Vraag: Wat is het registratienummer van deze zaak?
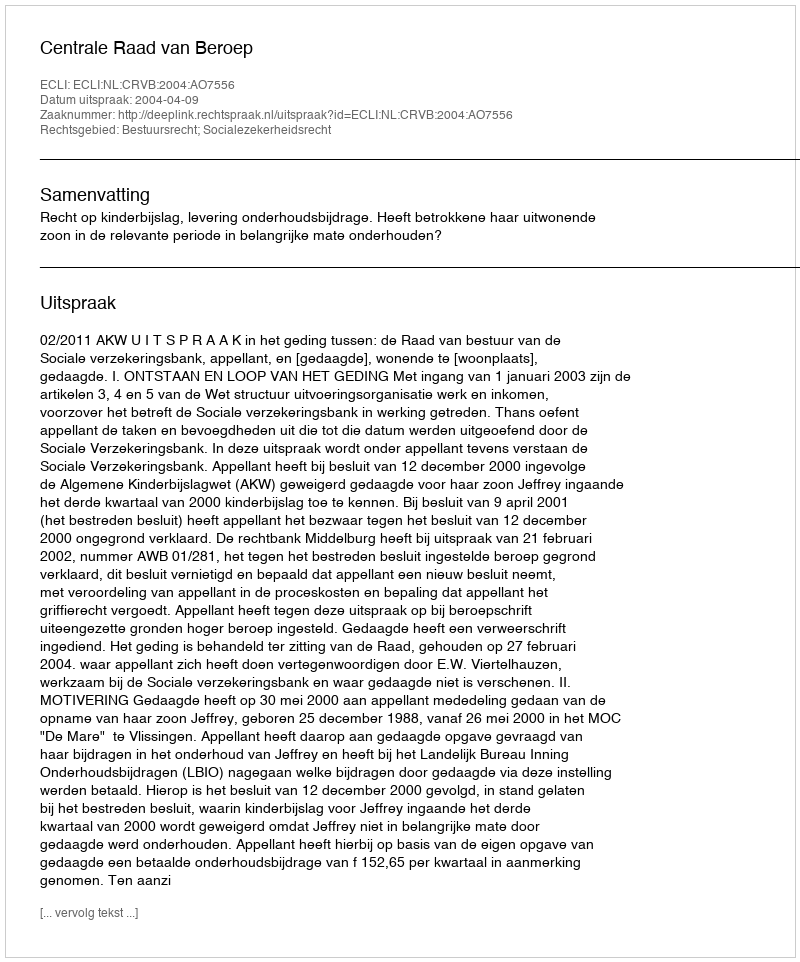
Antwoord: http://deeplink.rechtspraak.nl/uitspraak?id=ECLI:NL:CRVB:2004:AO7556